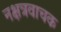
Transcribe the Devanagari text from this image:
नक्षत्रवाचक